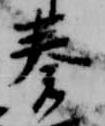
奏